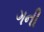
ગની